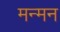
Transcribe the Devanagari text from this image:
मन्मन